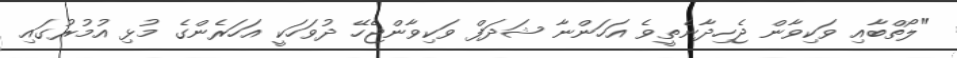
"ލޯތްބާއި ވަކިވާން ޖެހިދާނެތީވެ އަހަންނާ ޝަދަފް ވަކިވާންޖެހޭ ދުވަހަކީ އަހަރެންގެ މުޅި އުމުރުގައި